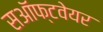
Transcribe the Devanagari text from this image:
सऑफ्टवेयर